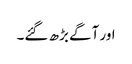
اور آگے بڑھ گئے۔